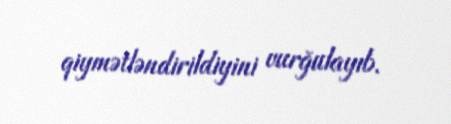
qiymətləndirildiyini vurğulayıb.